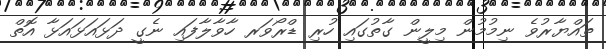
ތައްޔާރުވެ ނިމުމުން މިލީން ގާތުގައި ހުރި ޑްރޯވަރ ހާވާލާފައި ނެގީ ދަޅައަޅައަޅާ އޮތް